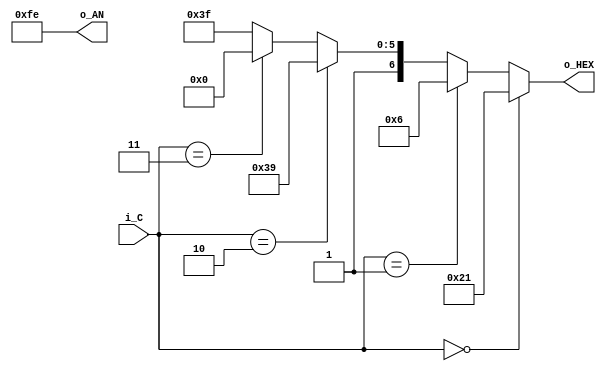
`timescale 1ns / 1ps

module part_four(i_C, o_HEX, o_AN);

    input   [1:0] i_C;
    output  [6:0] o_HEX;
    output  [7:0] o_AN;
    
    wire [7:0] AN;
    
    assign AN    =  8'b11111110;
    assign o_AN  =  AN;
    assign o_HEX =  (i_C == 2'b00) ? 7'b0100001 :
                    (i_C == 2'b01) ? 7'b0000110 :
                    (i_C == 2'b10) ? 7'b1111001 :
                    (i_C == 2'b11) ? 7'b1000000 :
                    7'b1111111;
endmodule